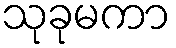
သုခုမကာ